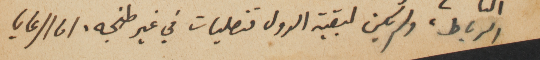
رالرباط، ولم يكن لبقية الدول قنصليات في غير طنجه. اما الرعايا